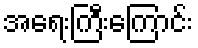
အရေးကြီးကြောင်း